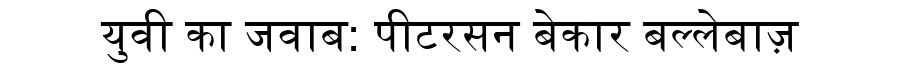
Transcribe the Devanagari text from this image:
युवी का जवाब: पीटरसन बेकार बल्लेबाज़